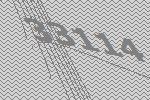
33114